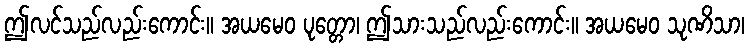
ဤလင်သည်လည်းကောင်း။ အယမေဝ ပုတ္တော၊ ဤသားသည်လည်းကောင်း။ အယမေဝ သုဏိသာ၊